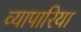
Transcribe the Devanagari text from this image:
व्‍यापारिया